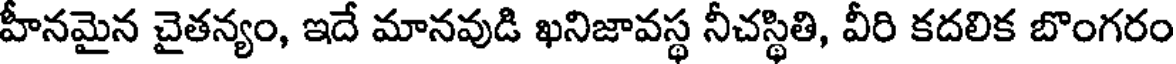
హీనమైన చైతన్యం, ఇదే మానవుడి ఖనిజావస్థ నీచస్థితి, వీరి కదలిక బొంగరం